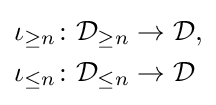
{\begin{aligned}\iota _{\geq n}&\colon {\mathcal {D}}_{\geq n}\to {\mathcal {D}},\\\iota _{\leq n}&\colon {\mathcal {D}}_{\leq n}\to {\mathcal {D}}\end{aligned}}